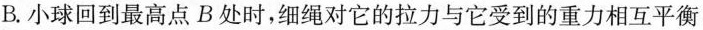
B.小球回到最高点B处时，细绳对它的拉力与它受到的重力相互平衡